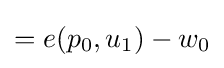
=e(p_{0},u_{1})-w_{0}